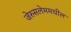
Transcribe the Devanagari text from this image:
जेरुसलेममधील